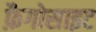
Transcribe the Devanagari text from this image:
फ़ैगोसाइट